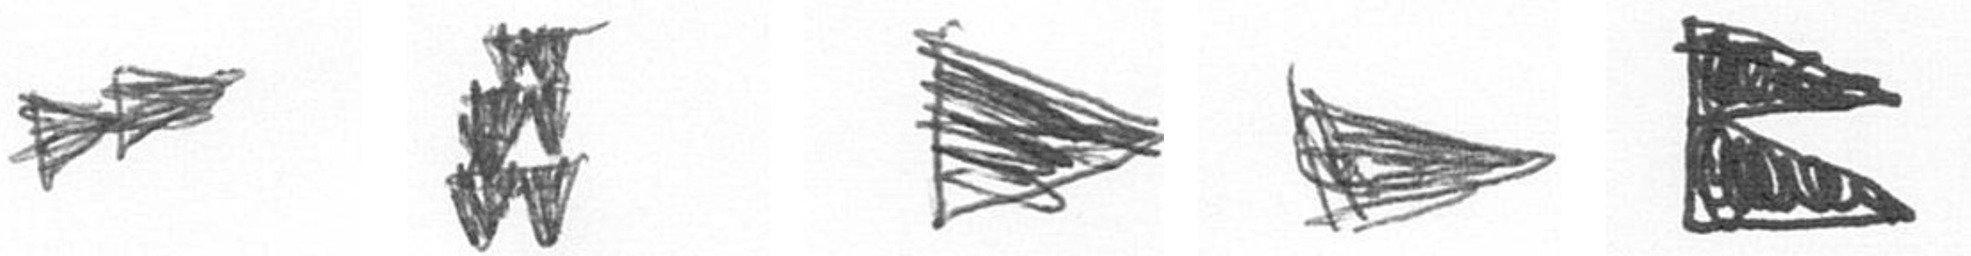
A Y T T P